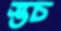
স্তচ